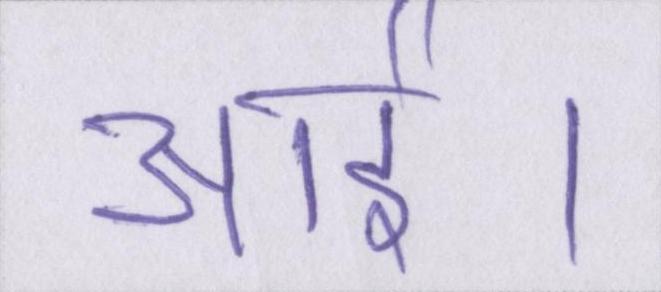
आई।